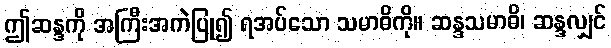
ဤဆန္ဒကို အကြီးအကဲပြု၍ ရအပ်သော သမာဓိကို။ ဆန္ဒသမာဓိ၊ ဆန္ဒလျှင်